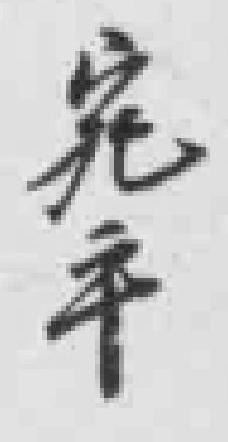
宛平